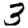
Digit: 3